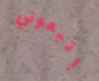
إتبعوني